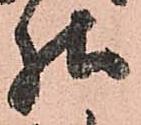
様